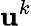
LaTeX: \mathbf{u}^{k}